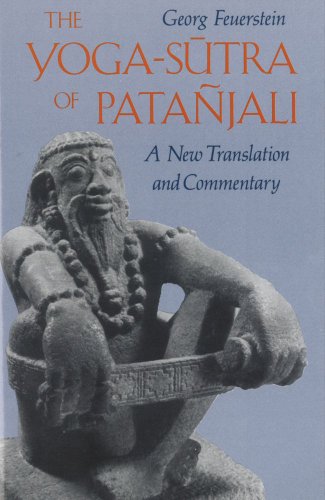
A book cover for The Yoga-Sutra of PataÃ±jali: A New Translation and Commentary; Georg Feuerstein Ph.D.; Religion & Spirituality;